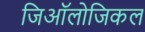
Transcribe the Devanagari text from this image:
जिऑलोजिकल